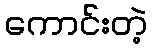
ကောင်းတဲ့